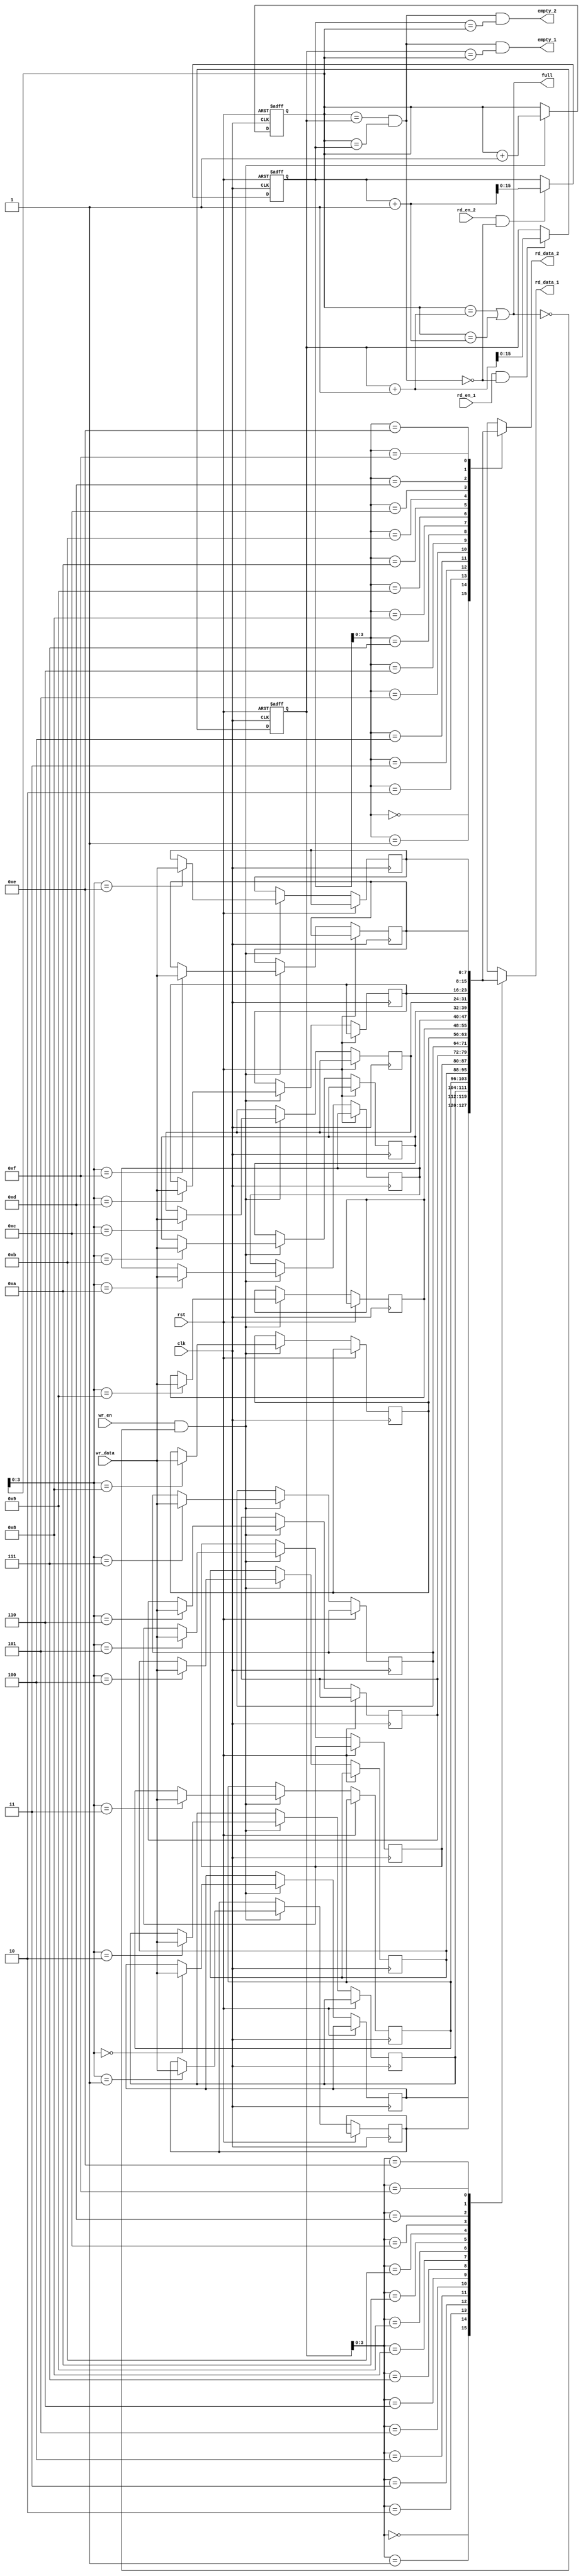
module multiport_fifo #(
    parameter DEPTH = 16, // Number of entries
    parameter WIDTH = 8   // Data width per entry
) (
    input wire clk,
    input wire rst,

    // Write port
    input wire [WIDTH-1:0] wr_data,
    input wire wr_en,
    output wire full,

    // Read ports
    input wire rd_en_1,
    output wire [WIDTH-1:0] rd_data_1,
    output wire empty_1,

    input wire rd_en_2,
    output wire [WIDTH-1:0] rd_data_2,
    output wire empty_2
);

    // Internal memory
    reg [WIDTH-1:0] mem [0:DEPTH-1];
    reg [DEPTH-1:0] write_pointer;
    reg [DEPTH-1:0] read_pointer_1;
    reg [DEPTH-1:0] read_pointer_2;

    // Status flags
    wire fifo_empty;
    wire fifo_full;

    // Pointer management
    always @(posedge clk or posedge rst) begin
        if (rst) begin
            write_pointer <= 0;
            read_pointer_1 <= 0;
            read_pointer_2 <= 0;
        end else begin
            // Write Logic
            if (wr_en && !fifo_full) begin
                mem[write_pointer] <= wr_data;
                write_pointer <= write_pointer + 1;
            end
            
            // Read Logic for Port 1
            if (rd_en_1 && !fifo_empty) begin
                read_pointer_1 <= read_pointer_1 + 1;
            end

            // Read Logic for Port 2
            if (rd_en_2 && !fifo_empty) begin
                read_pointer_2 <= read_pointer_2 + 1;
            end
        end
    end

    // Full and empty logic
    assign fifo_empty = (write_pointer == read_pointer_1) && (write_pointer == read_pointer_2);
    assign fifo_full = (write_pointer == (read_pointer_1 + 1)) || (write_pointer == (read_pointer_2 + 1));

    // Outputs
    assign full = fifo_full;
    assign empty_1 = fifo_empty && (read_pointer_1 == write_pointer);
    assign empty_2 = fifo_empty && (read_pointer_2 == write_pointer);
    assign rd_data_1 = mem[read_pointer_1];
    assign rd_data_2 = mem[read_pointer_2];

endmodule